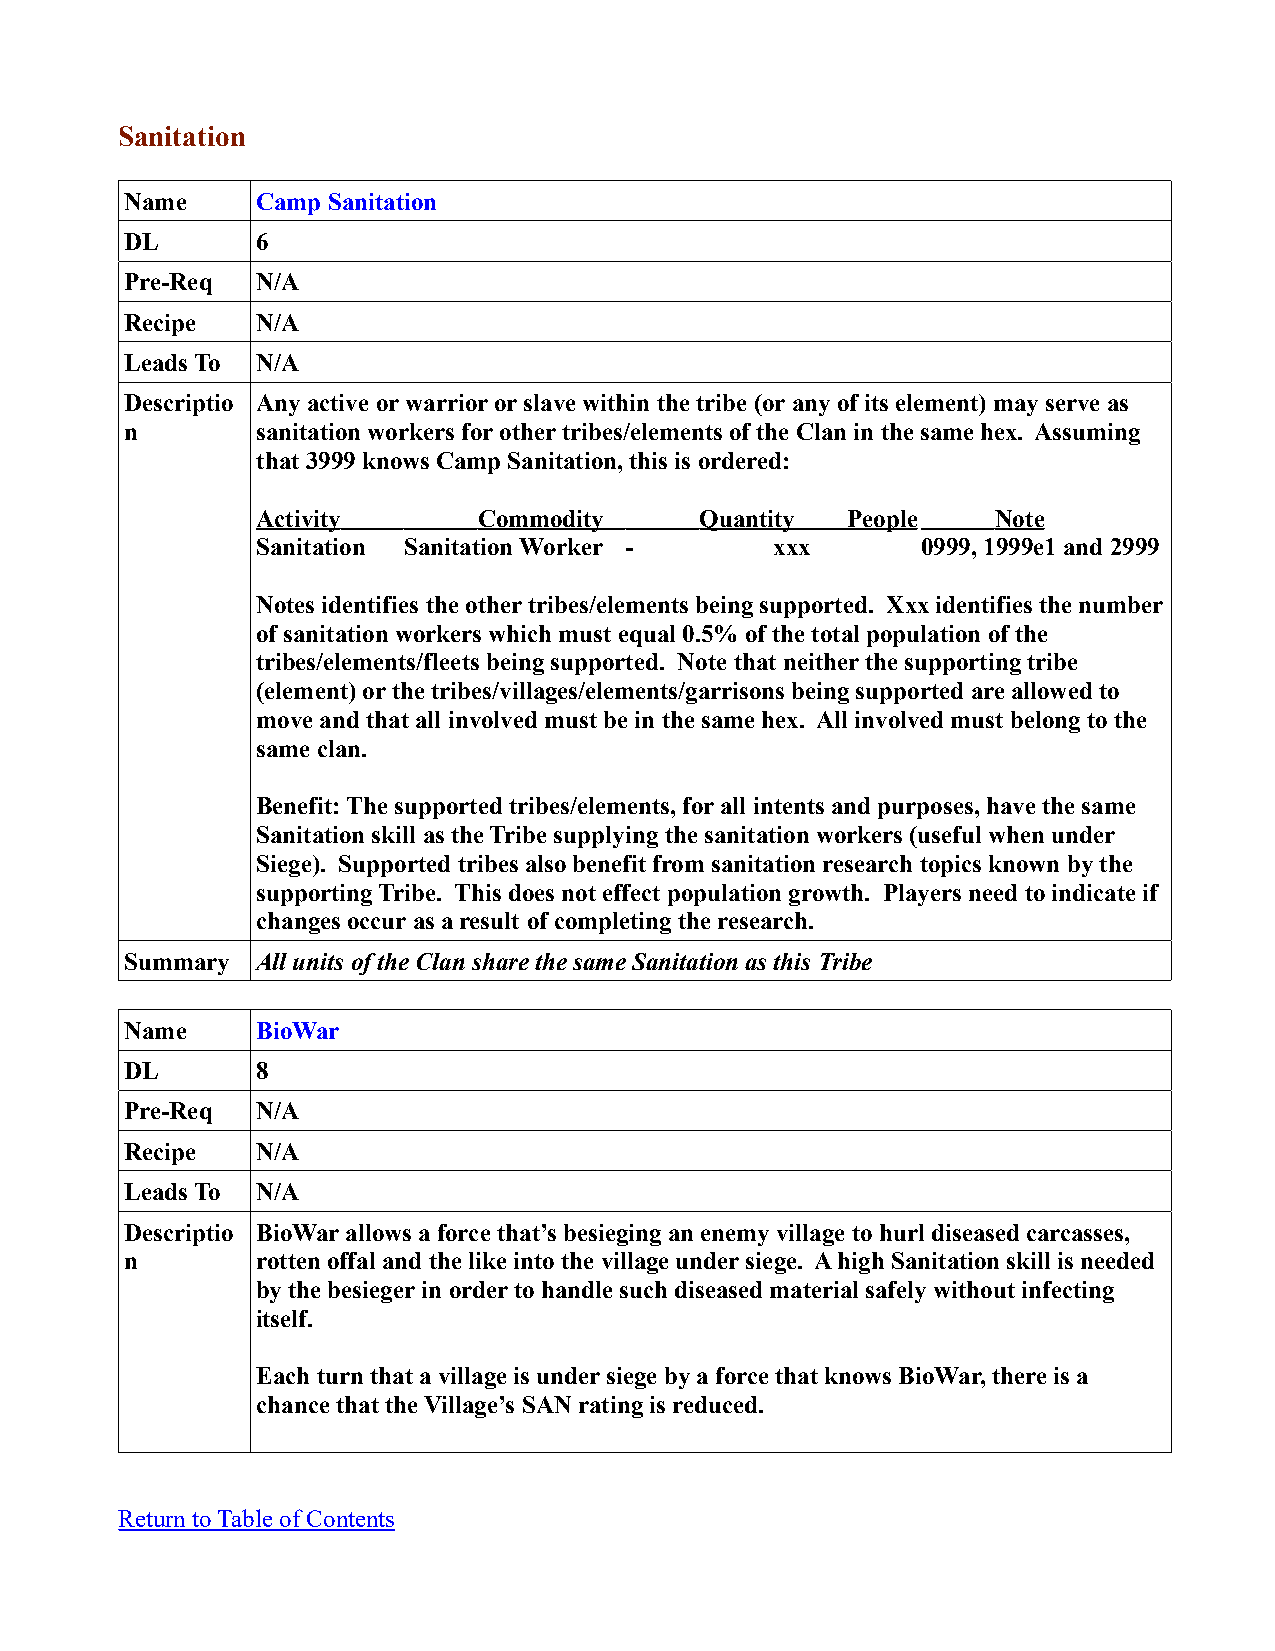
Sanitation
 Name     Camp Sanitation
 DL       6
 Pre-Req  N/A
 Recipe   N/A
 Leads To N/A
 Descriptio Any active or warrior or slave within the tribe (or any of its element) may serve as
 n        sanitation workers for other tribes/elements of the Clan in the same hex. Assuming
 that 3999 knows Camp Sanitation, this is ordered:
 Activity       Commodity     Quantity  People    Note
 Sanitation Sanitation Worker -    xxx       0999, 1999e1 and 2999
 Notes identifies the other tribes/elements being supported. Xxx identifies the number
 of sanitation workers which must equal 0.5% of the total population of the
 tribes/elements/fleets being supported. Note that neither the supporting tribe
 (element) or the tribes/villages/elements/garrisons being supported are allowed to
 move and that all involved must be in the same hex. All involved must belong to the
 same clan.
 Benefit: The supported tribes/elements, for all intents and purposes, have the same
 Sanitation skill as the Tribe supplying the sanitation workers (useful when under
 Siege). Supported tribes also benefit from sanitation research topics known by the
 supporting Tribe. This does not effect population growth. Players need to indicate if
 changes occur as a result of completing the research.
 Summary  All units of the Clan share the same Sanitation as this Tribe
 Name     BioWar
 DL       8
 Pre-Req  N/A
 Recipe   N/A
 Leads To N/A
 Descriptio BioWar allows a force that’s besieging an enemy village to hurl diseased carcasses,
 n        rotten offal and the like into the village under siege. A high Sanitation skill is needed
 by the besieger in order to handle such diseased material safely without infecting
 itself.
 Each turn that a village is under siege by a force that knows BioWar, there is a
 chance that the Village’s SAN rating is reduced.
 Return to Table of Contents